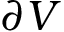
\partial V